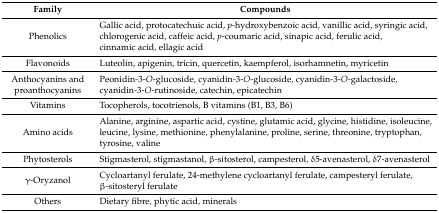
| Family | Compounds |
 | --- | --- |
 | Phenolics | Gallic acid, protocatechuic acid, p-hydroxybenzoic acid, vanillic acid, syringic acid, chlorogenic acid, caffeic acid, p-coumaric acid, sinapic acid, ferulic acid, cinnamic acid, ellagic acid |
 | Flavonoids | Luteolin, apigenin, tricin, quercetin, kaempferol, isorhamnetin, myricetin |
 | Anthocyanins and proanthocyanins | Peonidin-3-O-glucoside, cyanidin-3-O-glucoside, cyanidin-3-O-galactoside, cyanidin-3-O-rutinoside, catechin, epicatechin |
 | Vitamins | Tocopherols, tocotrienols, B vitamins (B1, B3, B6) |
 | Amino acids | Alanine, arginine, aspartic acid, cystine, glutamic acid, glycine, histidine, isoleucine, leucine, lysine, methionine, phenylalanine, proline, serine, threonine, tryptophan, tyrosine, valine |
 | Phytosterols | Stigmasterol, stigmastanol, β-sitosterol, campesterol, δ5-avenasterol, δ7-avenasterol |
 | γ-Oryzanol | Cycloartanyl ferulate, 24-methylene cycloartanyl ferulate, campesteryl ferulate, β-sitosteryl ferulate |
 | Others | Dietary fibre, phytic acid, minerals |